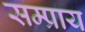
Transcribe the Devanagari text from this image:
सम्प्राय